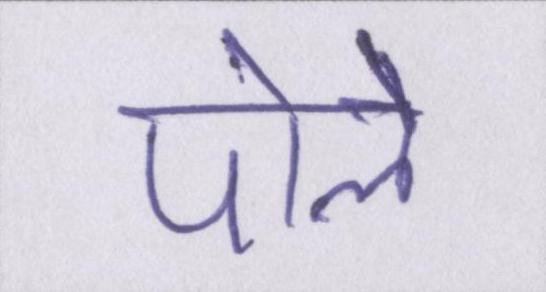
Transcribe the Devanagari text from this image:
पोले